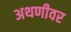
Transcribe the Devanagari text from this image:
अथणीवर